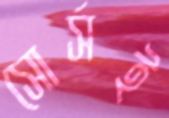
সোর্সই